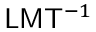
{ \mathsf { L } } { \mathsf { M } } { \mathsf { T } } ^ { - 1 }